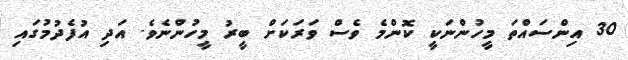
30 އިންސައްތަ މީހުންނަކީ ކޮންމެ ވެސް ވަރަކަށް ބީރު މީހުންނެވެ. އަދި އުފެދުމުގައި